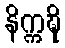
နိက္ကဍ္ဎိ